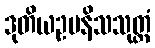
ဒုတိယဥပနိသသုတ္တံ